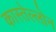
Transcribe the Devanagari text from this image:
कास्तेल्लोन